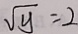
\sqrt { y } = 2